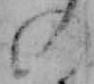
の